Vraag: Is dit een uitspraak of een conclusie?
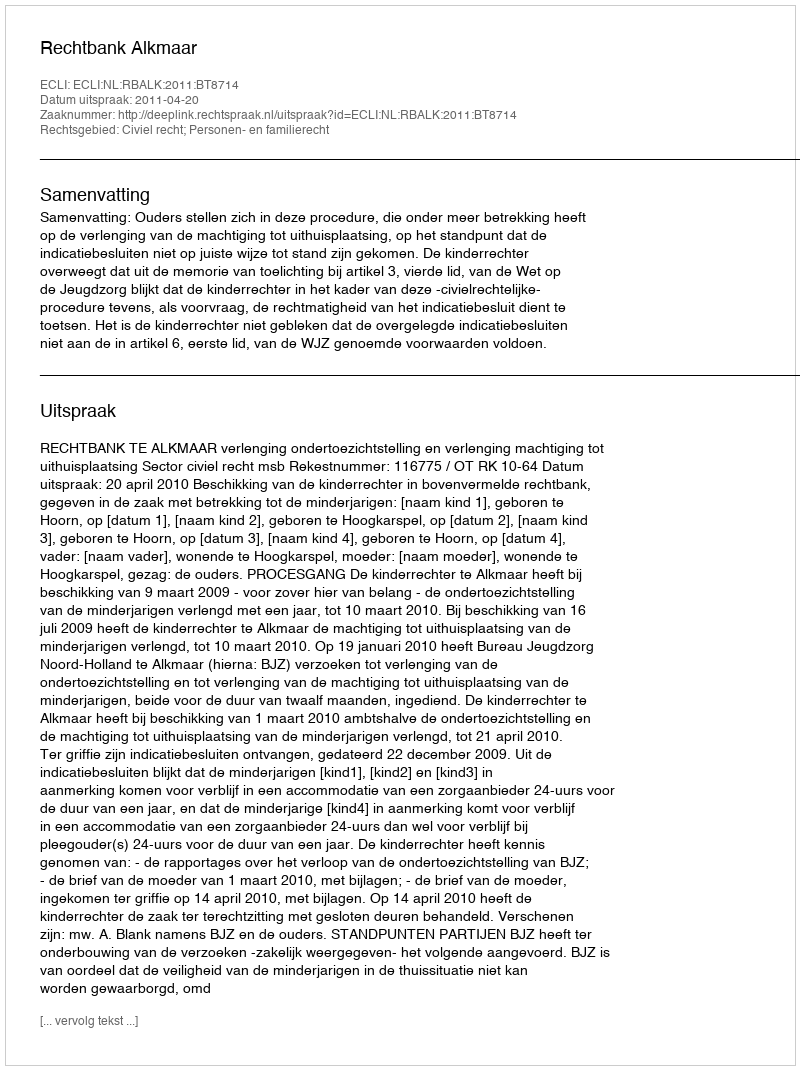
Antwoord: Uitspraak